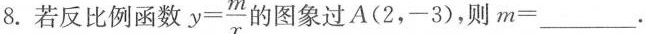
8.若反比例函数 $$y = \frac{ m } { x }$$ 的图象过A (2，-3)，则m=____.